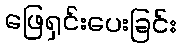
ဖြေရှင်းပေးခြင်း